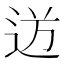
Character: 𮞍